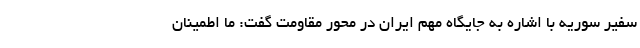
سفیر سوریه با اشاره به جایگاه مهم ایران در محور مقاومت گفت: ما اطمینان